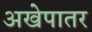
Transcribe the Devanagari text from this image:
अखेपातर